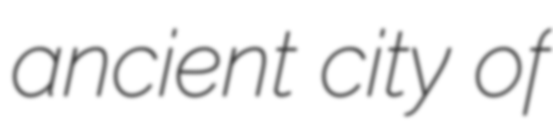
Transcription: ancient city of